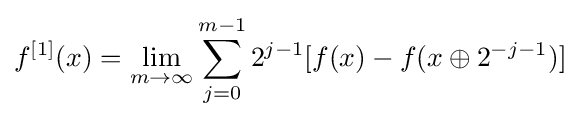
f^{[1]}(x)=\lim _{m\to \infty }\sum _{j=0}^{m-1}2^{j-1}[f(x)-f(x\oplus 2^{-j-1})]